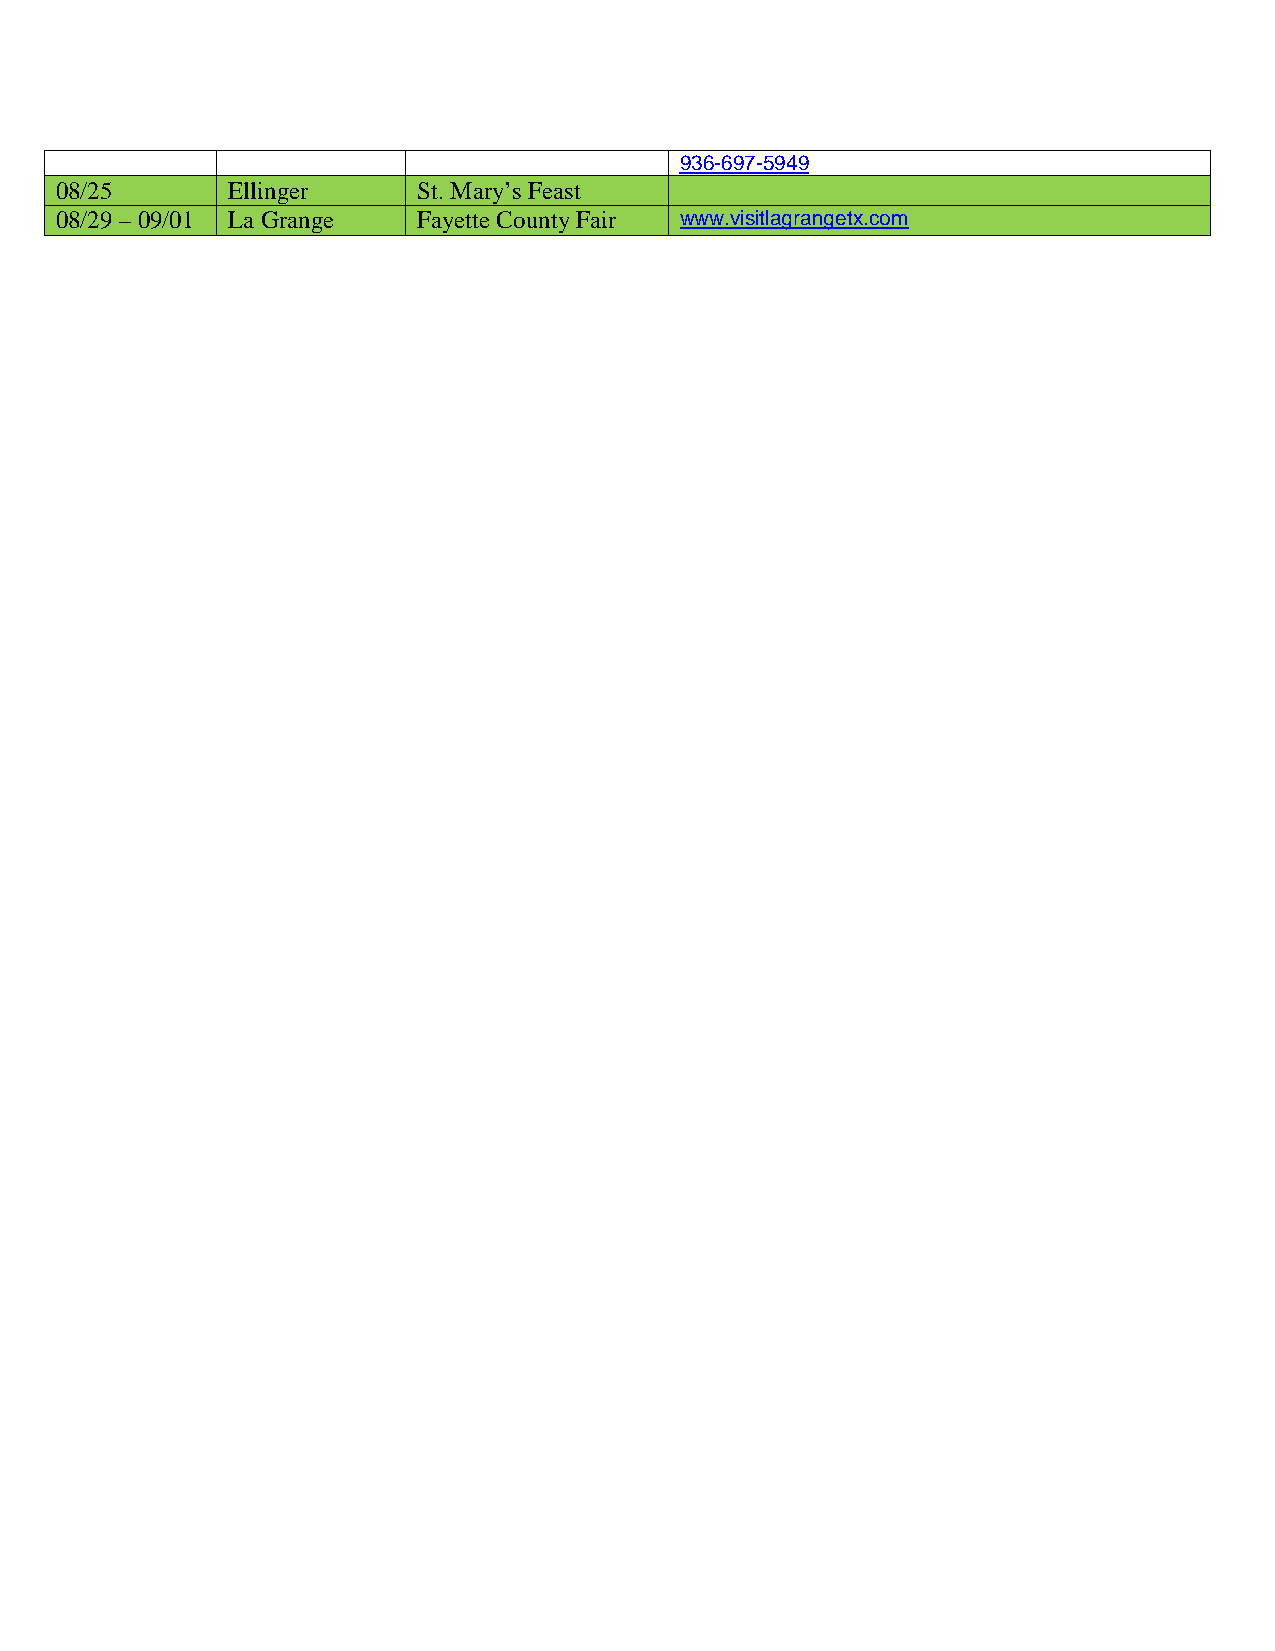
936-697-5949
 08/25      Ellinger     St. Mary’s Feast
 08/29 – 09/01 La Grange Fayette County Fair www.visitlagrangetx.com